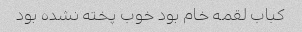
کباب لقمه خام بود خوب پخته نشده بود